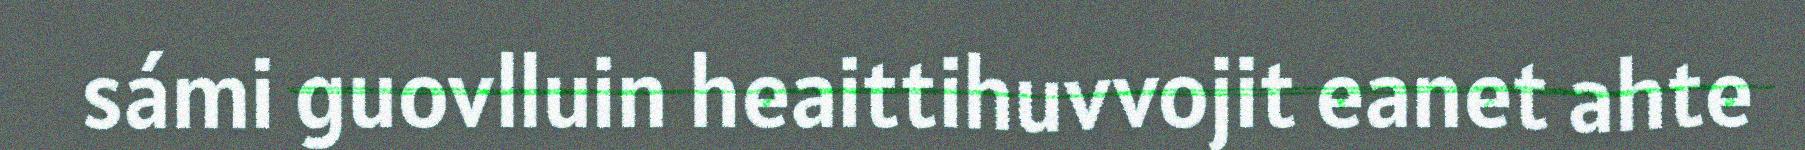
sámi guovlluin heaittihuvvojit eanet ahte